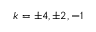
\ k = \pm 4 , \pm 2 , - 1